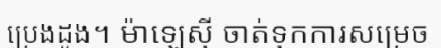
ប្រេងដូង។ ម៉ាឡេស៊ី ចាត់ទុកការសម្រេច